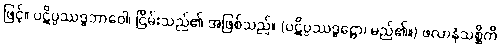
ဖြင့်။ ပဋိပ္ပဿဒ္ဓဘာဝေါ၊ ငြိမ်းသည်၏ အဖြစ်သည်။ (ပဋိပ္ပဿဒ္ဓဋ္ဌော၊ မည်၏။) ဖလာနံသစ္ဆိကိ